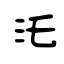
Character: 汑